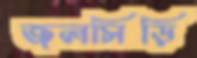
জলসিড়ি